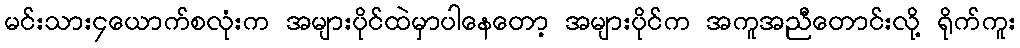
မင်းသား၄ယောက်စလုံးက အများပိုင်ထဲမှာပါနေတော့ အများပိုင်က အကူအညီတောင်းလို့ ရိုက်ကူး